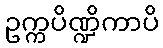
ဥက္ကပိဏ္ဍိကာပိ